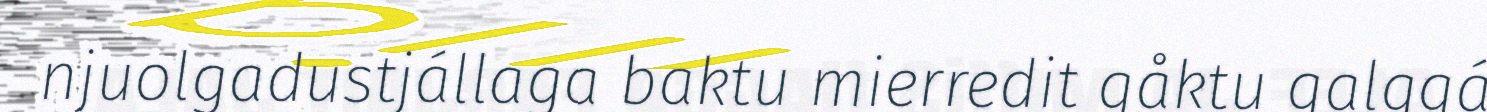
njuolgadustjállaga baktu mierredit gåktu galggá